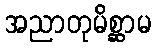
အညာတုမိစ္ဆာမ